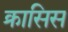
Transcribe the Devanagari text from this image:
क्रासिस